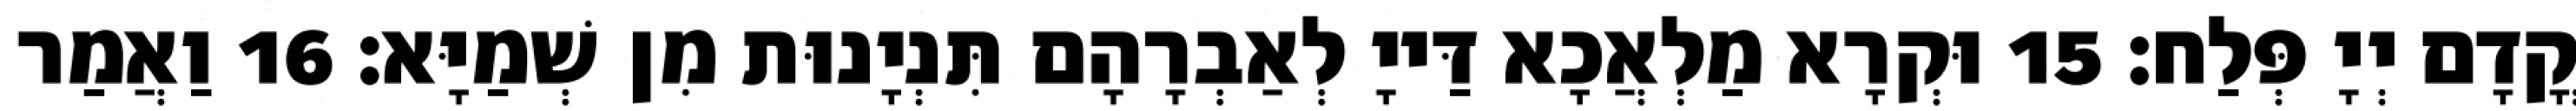
קֳדָם יְיָ פְּלַח׃ 15 וּקְרָא מַלְאֲכָא דַּייָ לְאַבְרָהָם תִּנְיָנוּת מִן שְׁמַיָּא׃ 16 וַאֲמַר